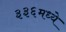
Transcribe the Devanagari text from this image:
३३६मध्ये